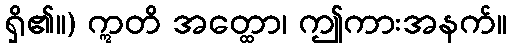
ရှိ၏။) ဣတိ အတ္ထော၊ ဤကားအနက်။